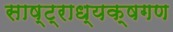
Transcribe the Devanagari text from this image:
साष्ट्राध्यक्षगण